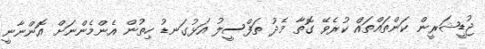
ޖުޑީޝަރީން ކަންތައްތައް ކުރެވޭ ގޮތާ މެދު ތަފްސީލު އަޅުގަނޑު ހިތުން އެންމެންނަށް އޮންނާނީ